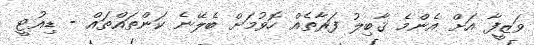
ވަޒީފާ އަށް އެންމެ ޤާބިލު ފަރާތެއް ހޮވުމަށް ބެލޭނެ ކަންތައްތައް - ޑިއުޓީ